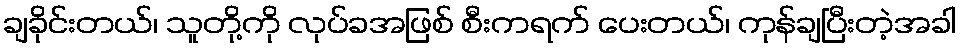
ချခိုင်းတယ်၊ သူတို့ကို လုပ်ခအဖြစ် စီးကရက် ပေးတယ်၊ ကုန်ချပြီးတဲ့အခါ